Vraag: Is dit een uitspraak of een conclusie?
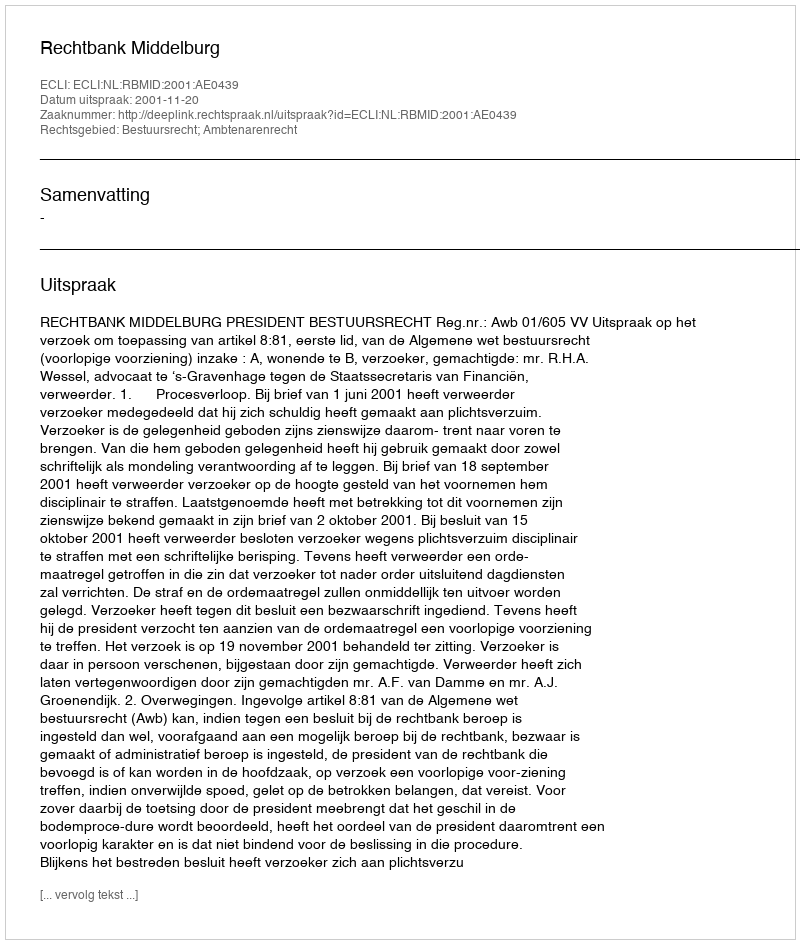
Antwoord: Uitspraak